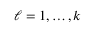
\ell = 1 , \ldots , k